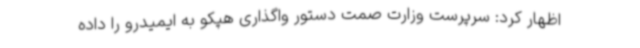
اظهار کرد: سرپرست وزارت صمت دستور واگذاری هپکو به ایمیدرو را داده